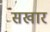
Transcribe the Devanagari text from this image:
सखार